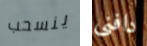
ينسحب دافنى